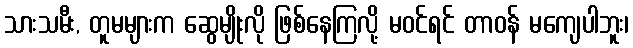
သားသမီး, တူမများက ဆွေမျိုးလို ဖြစ်နေကြလို့ မဝင်ရင် တာဝန် မကျေပါဘူး၊